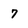
Character: 7